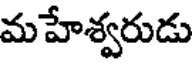
మహేశ్వరుడు